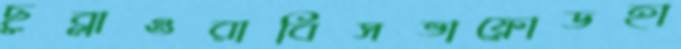
ছুব্‌লাওরাবিসভাফ্রোডহা